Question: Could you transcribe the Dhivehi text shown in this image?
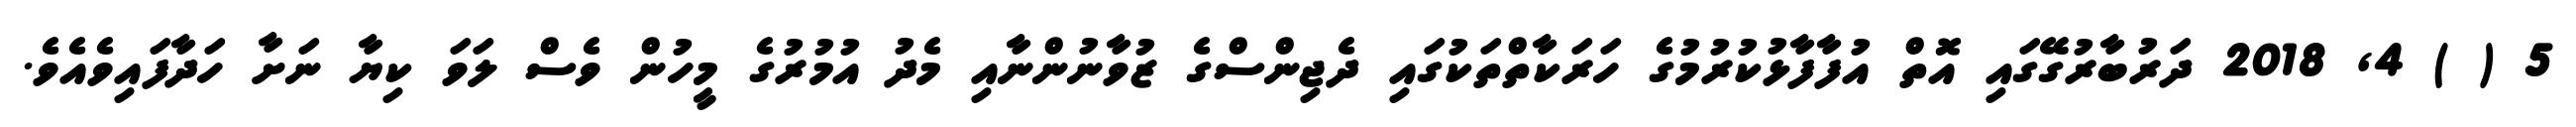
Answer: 5 ( ) 4, 2018 ދަރުބާރުގޭގައި އޮތް އުފާފާޅުކުރުމުގެ ހަރަކާތްތަކުގައި ދެޖިންސްގެ ޒުވާނުންނާއި މެދު އުމުރުގެ މީހުން ވެސް ލަވަ ކިޔާ ނަށާ ހަދާފައިވެއެވެ.